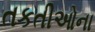
તકતીઓના